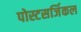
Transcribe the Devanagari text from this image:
पोस्टसर्जिकल